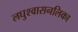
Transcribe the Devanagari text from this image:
लघुश्वासनलिका